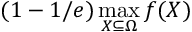
( 1 - 1 / e ) \operatorname* { m a x } _ { X \subseteq \Omega } f ( X )